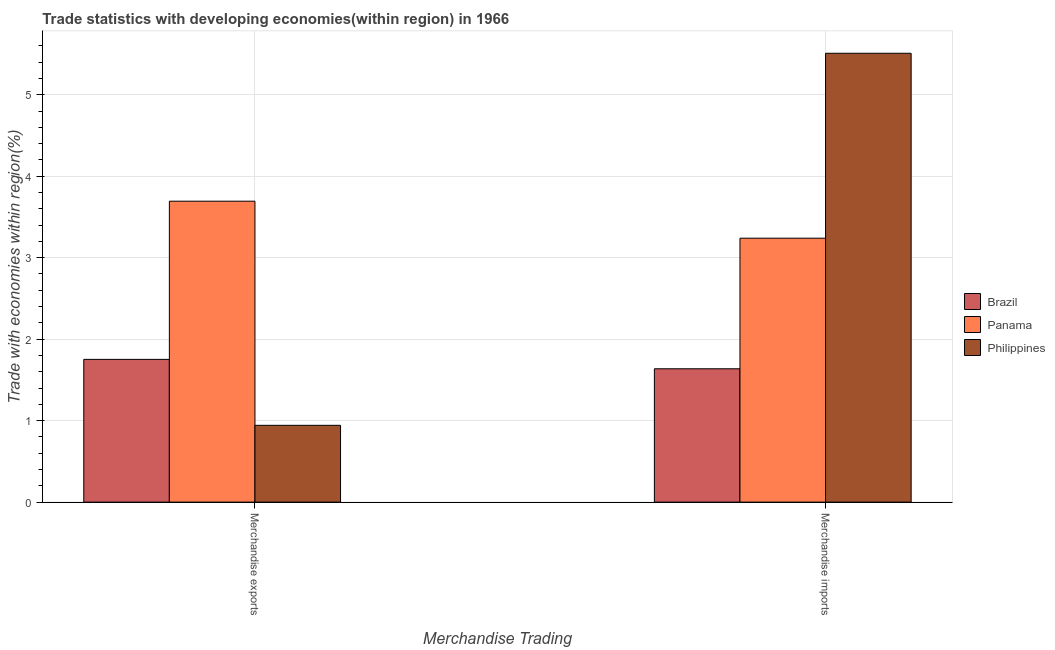
| Merchandise Trading | Brazil | Panama | Philippines |
 | --- | --- | --- | --- |
 | Merchandise exports | 1.75 | 3.69 | 0.943 |
 | Merchandise imports | 1.64 | 3.24 | 5.51 |